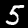
Digit: 5